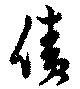
債